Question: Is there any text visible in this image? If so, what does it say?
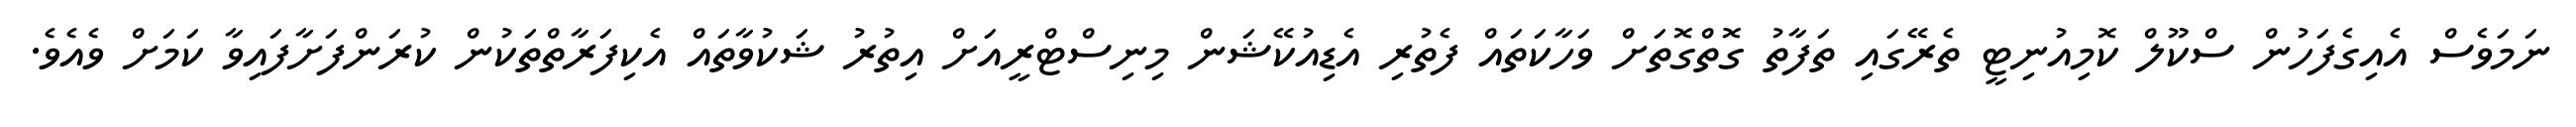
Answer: ނަމަވެސް އެއިގެފަހުން ސްކޫލް ކޮމިއުނިޓީ ތެރޭގައި ތަފާތު ގޮތްގޮތަށް ވަހާކަތައް ފެތުރި އެޑިއުކޭޝަން މިނިސްޓްރީއަށް އިތުރު ޝަކުވާތައް އެކިފަރާތްތަކުން ކުރަންފަށާފައިވާ ކަމަށް ވެއެވެ.